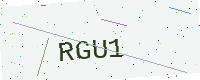
Text: RGU1